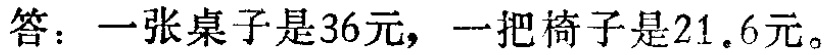
答：一张桌子是\(36\)元，一把椅子是\(21.6\)元。